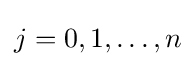
j=0,1,\ldots ,n